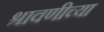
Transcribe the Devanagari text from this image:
श्रावणीच्या